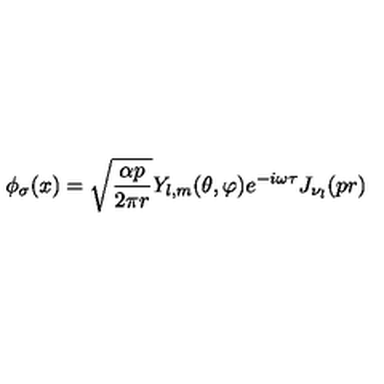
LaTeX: \phi _ { \sigma } ( x ) = \sqrt { \frac { \alpha p } { 2 \pi r } } Y _ { l , m } ( \theta , \varphi ) e ^ { - i \omega \tau } J _ { \nu _ { l } } ( p r )